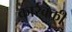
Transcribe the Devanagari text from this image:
कार्रक्की